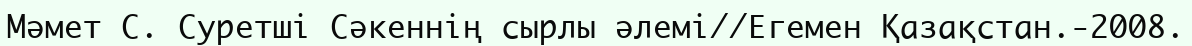
Мәмет С. Суретші Сәкеннің сырлы әлемі//Егемен Қазақстан.-2008.